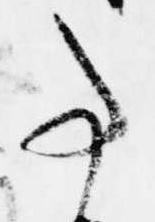
事